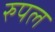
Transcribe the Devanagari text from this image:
रुपल